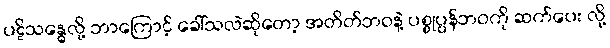
ပဋိသန္ဓေလို့ ဘာကြောင့် ခေါ်သလဲဆိုတော့ အတိတ်ဘဝနဲ့ ပစ္စုပ္ပန်ဘဝကို ဆက်ပေး လို့